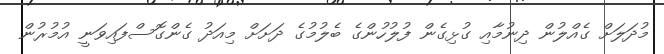
މުދަލަށް ގެއްލުން ދިނުމާއި ގުޅިގެން ފުލުހުންގެ ބެލުމުގެ ދަށަށް މިއަދު ގެންގޮސްފައިވަނީ އުމުރުން